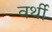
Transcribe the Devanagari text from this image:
वर्थी